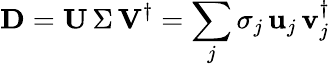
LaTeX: \mathbf{D}=\mathbf{U}\, \Sigma\, \mathbf{V}^{\dagger}=\sum_{j}\sigma_{j}\, \mathbf{u}_{j}\, \mathbf{v}_{j}^{\dagger}